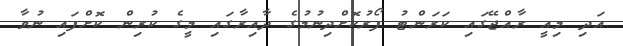
އަދި މިއީ ރާއްޖޭގައި ކަރަންޓު ފޯރުކޮށްދިނުމުގެ ދާއިރާގައި މީގެ ކުރިން ކޮށްފައި ނުވާ